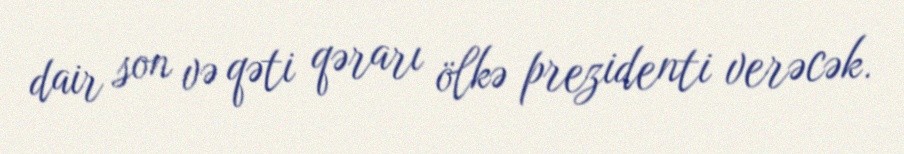
dair son və qəti qərarı ölkə prezidenti verəcək.